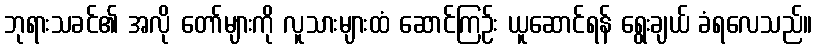
ဘုရားသခင်၏ အလို တော်များကို လူသားများထံ ဆောင်ကြဉ်း ယူဆောင်ရန် ရွေးချယ် ခံရလေသည်။